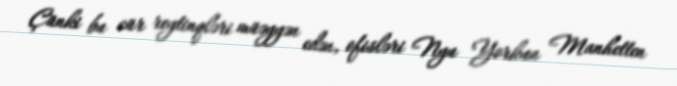
Çünki bu cür reytinqləri müəyyən edən, ofisləri Nyu Yorkun Manhetten